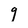
Character: 9